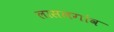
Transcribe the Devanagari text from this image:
लासलगांव